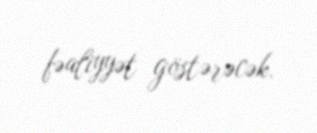
fəaliyyət göstərəcək.